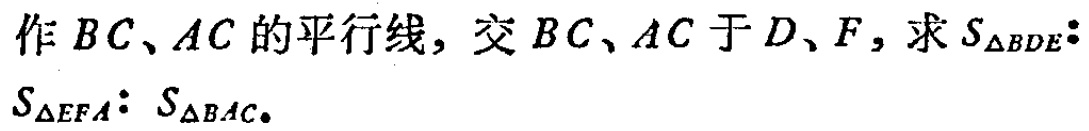
作 \(BC、AC\) 的平行线，交 \(BC、AC\) 于 \(D、F\)，求 \(S_{\triangle BDE}:S_{\triangle EFA}:S_{\triangle BAC}\)。